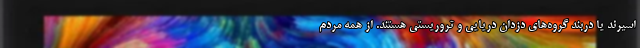
اسیرند یا دربند گروه‌های دزدان دریایی و تروریستی هستند. از همه مردم